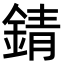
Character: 錆